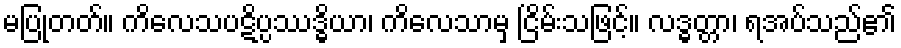
မပြုတတ်။ ကိလေသပဋိပ္ပဿဒ္ဓိယာ၊ ကိလေသာမှ ငြိမ်းသဖြင့်။ လဒ္ဓတ္တာ၊ ရအပ်သည်၏